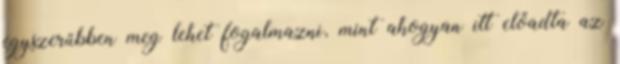
egyszerűbben meg lehet fogalmazni, mint ahogyan itt előadta az